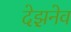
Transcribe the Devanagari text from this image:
देझ़नेव